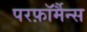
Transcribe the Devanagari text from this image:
परफ़ॉर्मैन्स